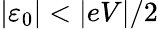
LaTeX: \left\vert\varepsilon_{0}\right\vert<\vert eV\vert/2